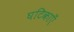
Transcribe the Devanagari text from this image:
घटिकाएँ